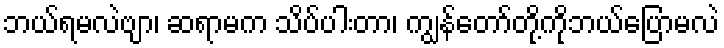
ဘယ်ရမလဲဗျာ၊ ဆရာမက သိပ်ပါးတာ၊ ကျွန်တော်တို့ကိုဘယ်ပြောမလဲ